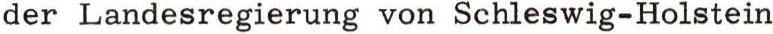
der Landesregierung von Schleswig-Holstein